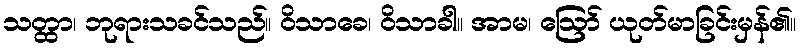
သတ္ထာ၊ ဘုရားသခင်သည်။ ဝိသာခေ၊ ဝိသာခါ။ အာမ၊ ဩော် ယုတ်မာခြင်းမှန်၏။